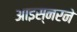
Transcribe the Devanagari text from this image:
आइस्नरने